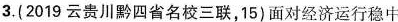
3.(2019云贵川黔四省名校三联，15)面对经济运行稳中